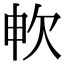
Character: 𣢘